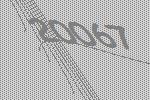
20067